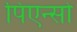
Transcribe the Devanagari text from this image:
पिएन्सो